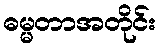
ဓမ္မတာအတိုင်း